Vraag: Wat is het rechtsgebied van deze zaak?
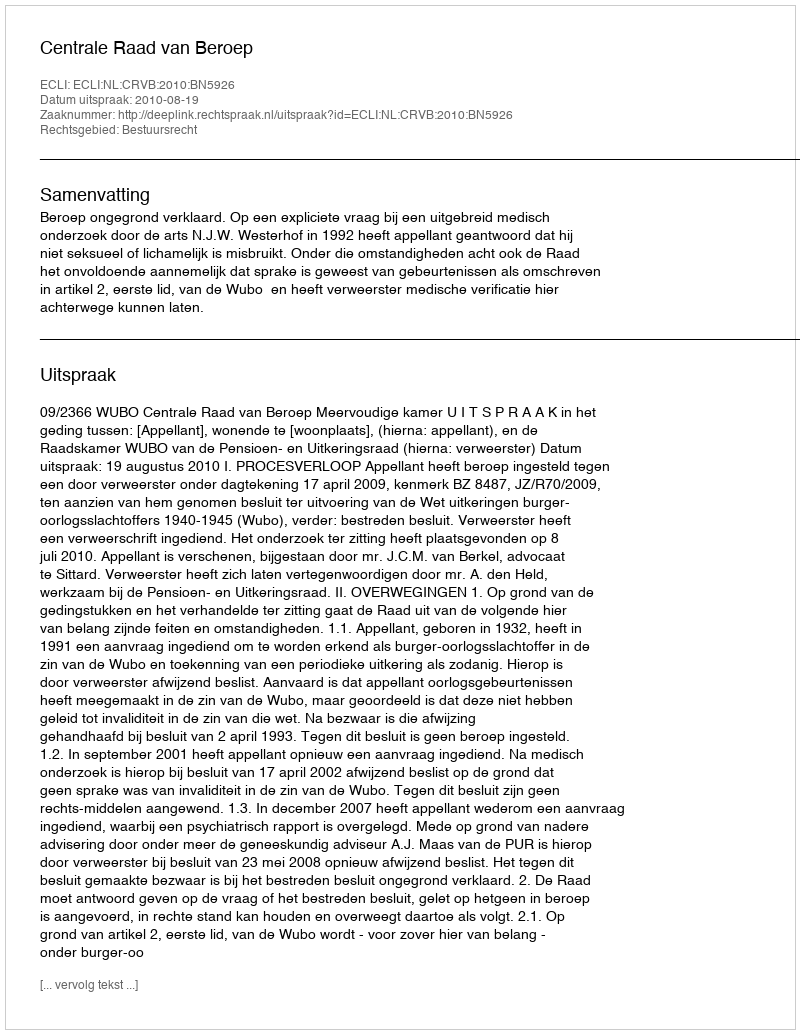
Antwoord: Bestuursrecht